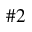
\# 2